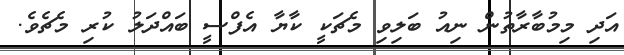
އަދި މިމުބާރާތުން ނިއު ބަލިވި މެޗަކީ ކާޔާ އެފްސީ ބައްދަލު ކުރި މެޗެވެ.